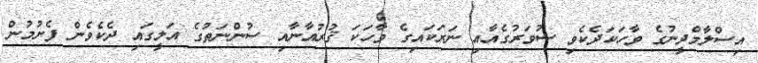
އިސްލާމްދީނުގެ ވާހަކަދެކެވި ސުވަރުގެއާއި ނަރަކައިގެ ވާހަކަ ޤުރުއާނާއި ސުންނަތުގެ އަލީގައި ދެކެވެން ފެށުމުން